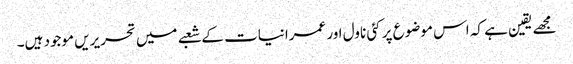
مجھے یقین ہے کہ اس موضوع پر کئی ناول اور عمرانیات کے شعبے میں تحریریں موجود ہیں۔